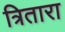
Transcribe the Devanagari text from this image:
त्रितारा